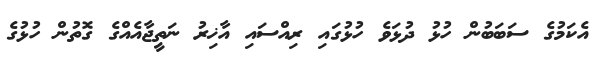
އެކަމުގެ ސަބަބުން ހުޅު ދުޅަވެ ހުޅުގައި ރިއްސައި އާޚިރު ނަތީޖާއެއްގެ ގޮތުން ހުޅުގެ